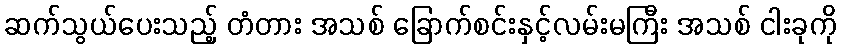
ဆက်သွယ်ပေးသည့် တံတား အသစ် ခြောက်စင်းနှင့်လမ်းမကြီး အသစ် ငါးခုကို